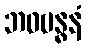
ဘဝဗန္ဓနံ